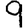
Digit: 9